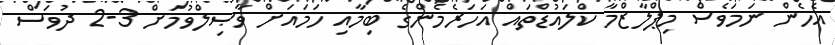
އެހެން ނަމަވެސް މިޕްލާޒްމާ ކްލައުޑްތައް އަހަރެމެންގެ ބިމާއި ހަމައަށް ވާޞިލްވުމަށް 3-2 ދުވަސް